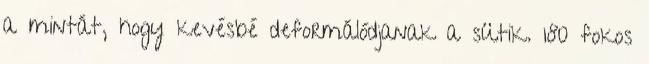
a mintát, hogy kevésbé deformálódjanak a sütik. 180 fokos